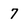
Character: 7